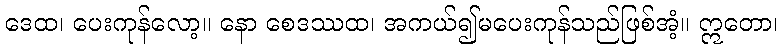
ဒေထ၊ ပေးကုန်လော့။ နော စေဒဿထ၊ အကယ်၍မပေးကုန်သည်ဖြစ်အံ့။ ဣတော၊